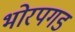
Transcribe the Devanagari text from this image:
भोरपगड